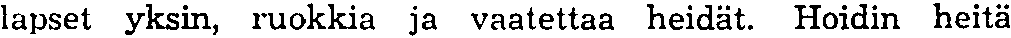
lapset yksin, ruokkia ja vaatettaa heidät. Hoidin heitä